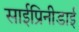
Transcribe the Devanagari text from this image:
साईप्रिनीडाई